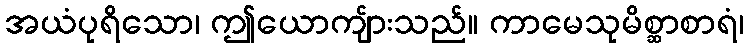
အယံပုရိသော၊ ဤယောကျ်ားသည်။ ကာမေသုမိစ္ဆာစာရံ၊